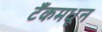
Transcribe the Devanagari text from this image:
टँकमधून